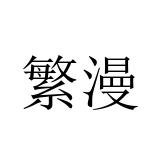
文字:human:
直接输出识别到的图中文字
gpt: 繁漫